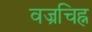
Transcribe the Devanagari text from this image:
वज्रचिह्न